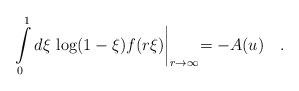
LaTeX: \begin{align*}\int\limits^1_0d\xi\,\log(1-\xi)f(r\xi)\biggl |_{r\to\infty}=-A(u)\quad .\end{align*}